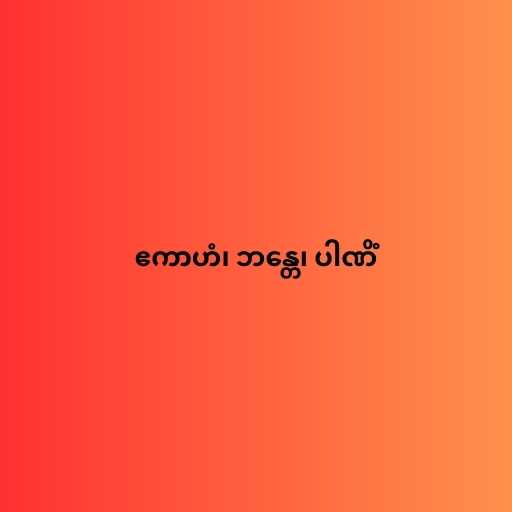
ဧကာဟံ၊ ဘန္တေ၊ ပါဏိံ